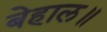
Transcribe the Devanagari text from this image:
बेहाल॥